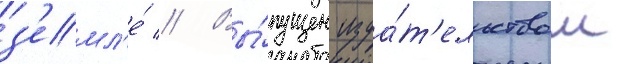
з'емл'е́ // Вы́пущен изда́т'ельством